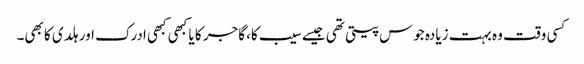
کسی وقت وہ بہت زیادہ جوس پیتی تھی جیسے سیب کا، گاجر کا یا کبھی کبھی ادرک اور ہلدی کا بھی۔